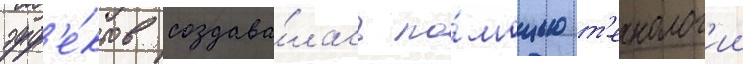
эфф'е́ктов создава́лась по́мощью т'ехнолог'ии